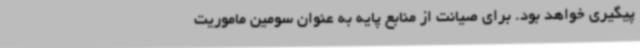
پیگیری خواهد بود. برای صیانت از منابع پایه به عنوان سومین ماموریت